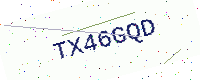
Text: TX46GQD